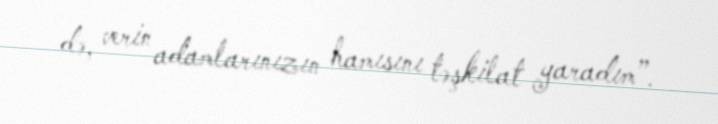
də, verin adamlarınızın hamısını təşkilat yaradım”.